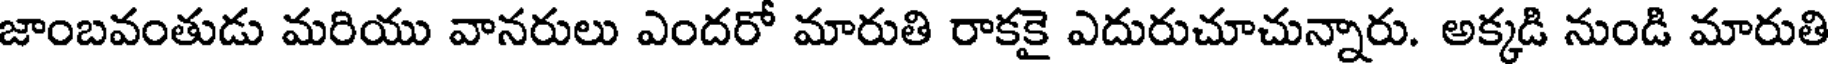
జాంబవంతుడు మరియు వానరులు ఎందరో మారుతి రాకకై ఎదురుచూచున్నారు. అక్కడి నుండి మారుతి